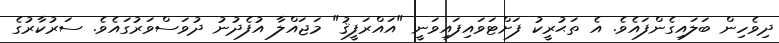
ދިވެހިން ބަލައިގެންފައެވެ. އެ ތަޙުރީކު ފަށްޓަވައިފައިވަނީ "އައްރަފީޤު" މަޖައްލާ އުފެދުނު ދުވަސްވަރުގައެވެ. ސަރުކާރުގެ